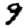
Digit: 9